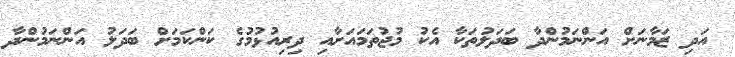
އަދި ޒަމާނަށް އަންނަމުންދާ ބަދަލުތަކާ އެކު މުޖުތަމައަށާއި ދިރިއުޅުމުގެ ކަންކަމަށް ބަދަލު އަންނަމުންދާ